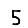
Digit: 5